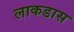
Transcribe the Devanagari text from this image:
लाकडास